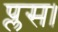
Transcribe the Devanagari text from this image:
प्लस।